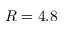
R = 4 . 8